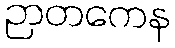
ဉာတကေန